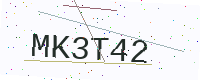
Text: MK3T42